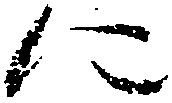
に